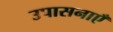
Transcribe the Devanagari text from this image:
उपासनाएँ